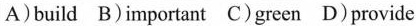
A)build B)important C)green D)provide